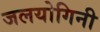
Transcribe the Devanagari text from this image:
जलयोगिनी